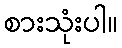
စားသုံးပါ။